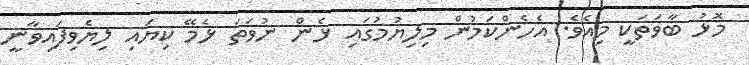
މޮޅު ބާވަތަކީ މިއެވެ. އެހެންކަމުން މިލިޔުމުގައި ޅެން ނުވަތަ ޅެމޭ ކިޔައި ލިޔެވިފައިވާނީ